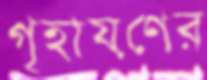
গৃহায়ণের